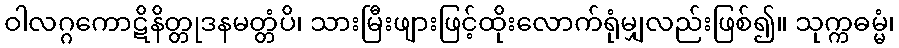
ဝါလဂ္ဂကောဋိနိတ္တုဒနမတ္တံပိ၊ သားမြီးဖျားဖြင့်ထိုးလောက်ရုံမျှလည်းဖြစ်၍။ သုက္ကဓမ္မံ၊